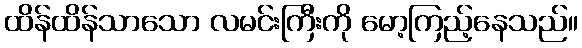
ထိန်ထိန်သာသော လမင်းကြီးကို မော့ကြည့်နေသည်။